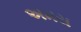
અમય